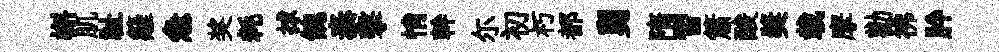
槲肌祉籬急奖耗捄餽泰擊悄幹尓初朽都舅隋習簫酸奬載摩勸彿肸